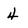
Character: 4